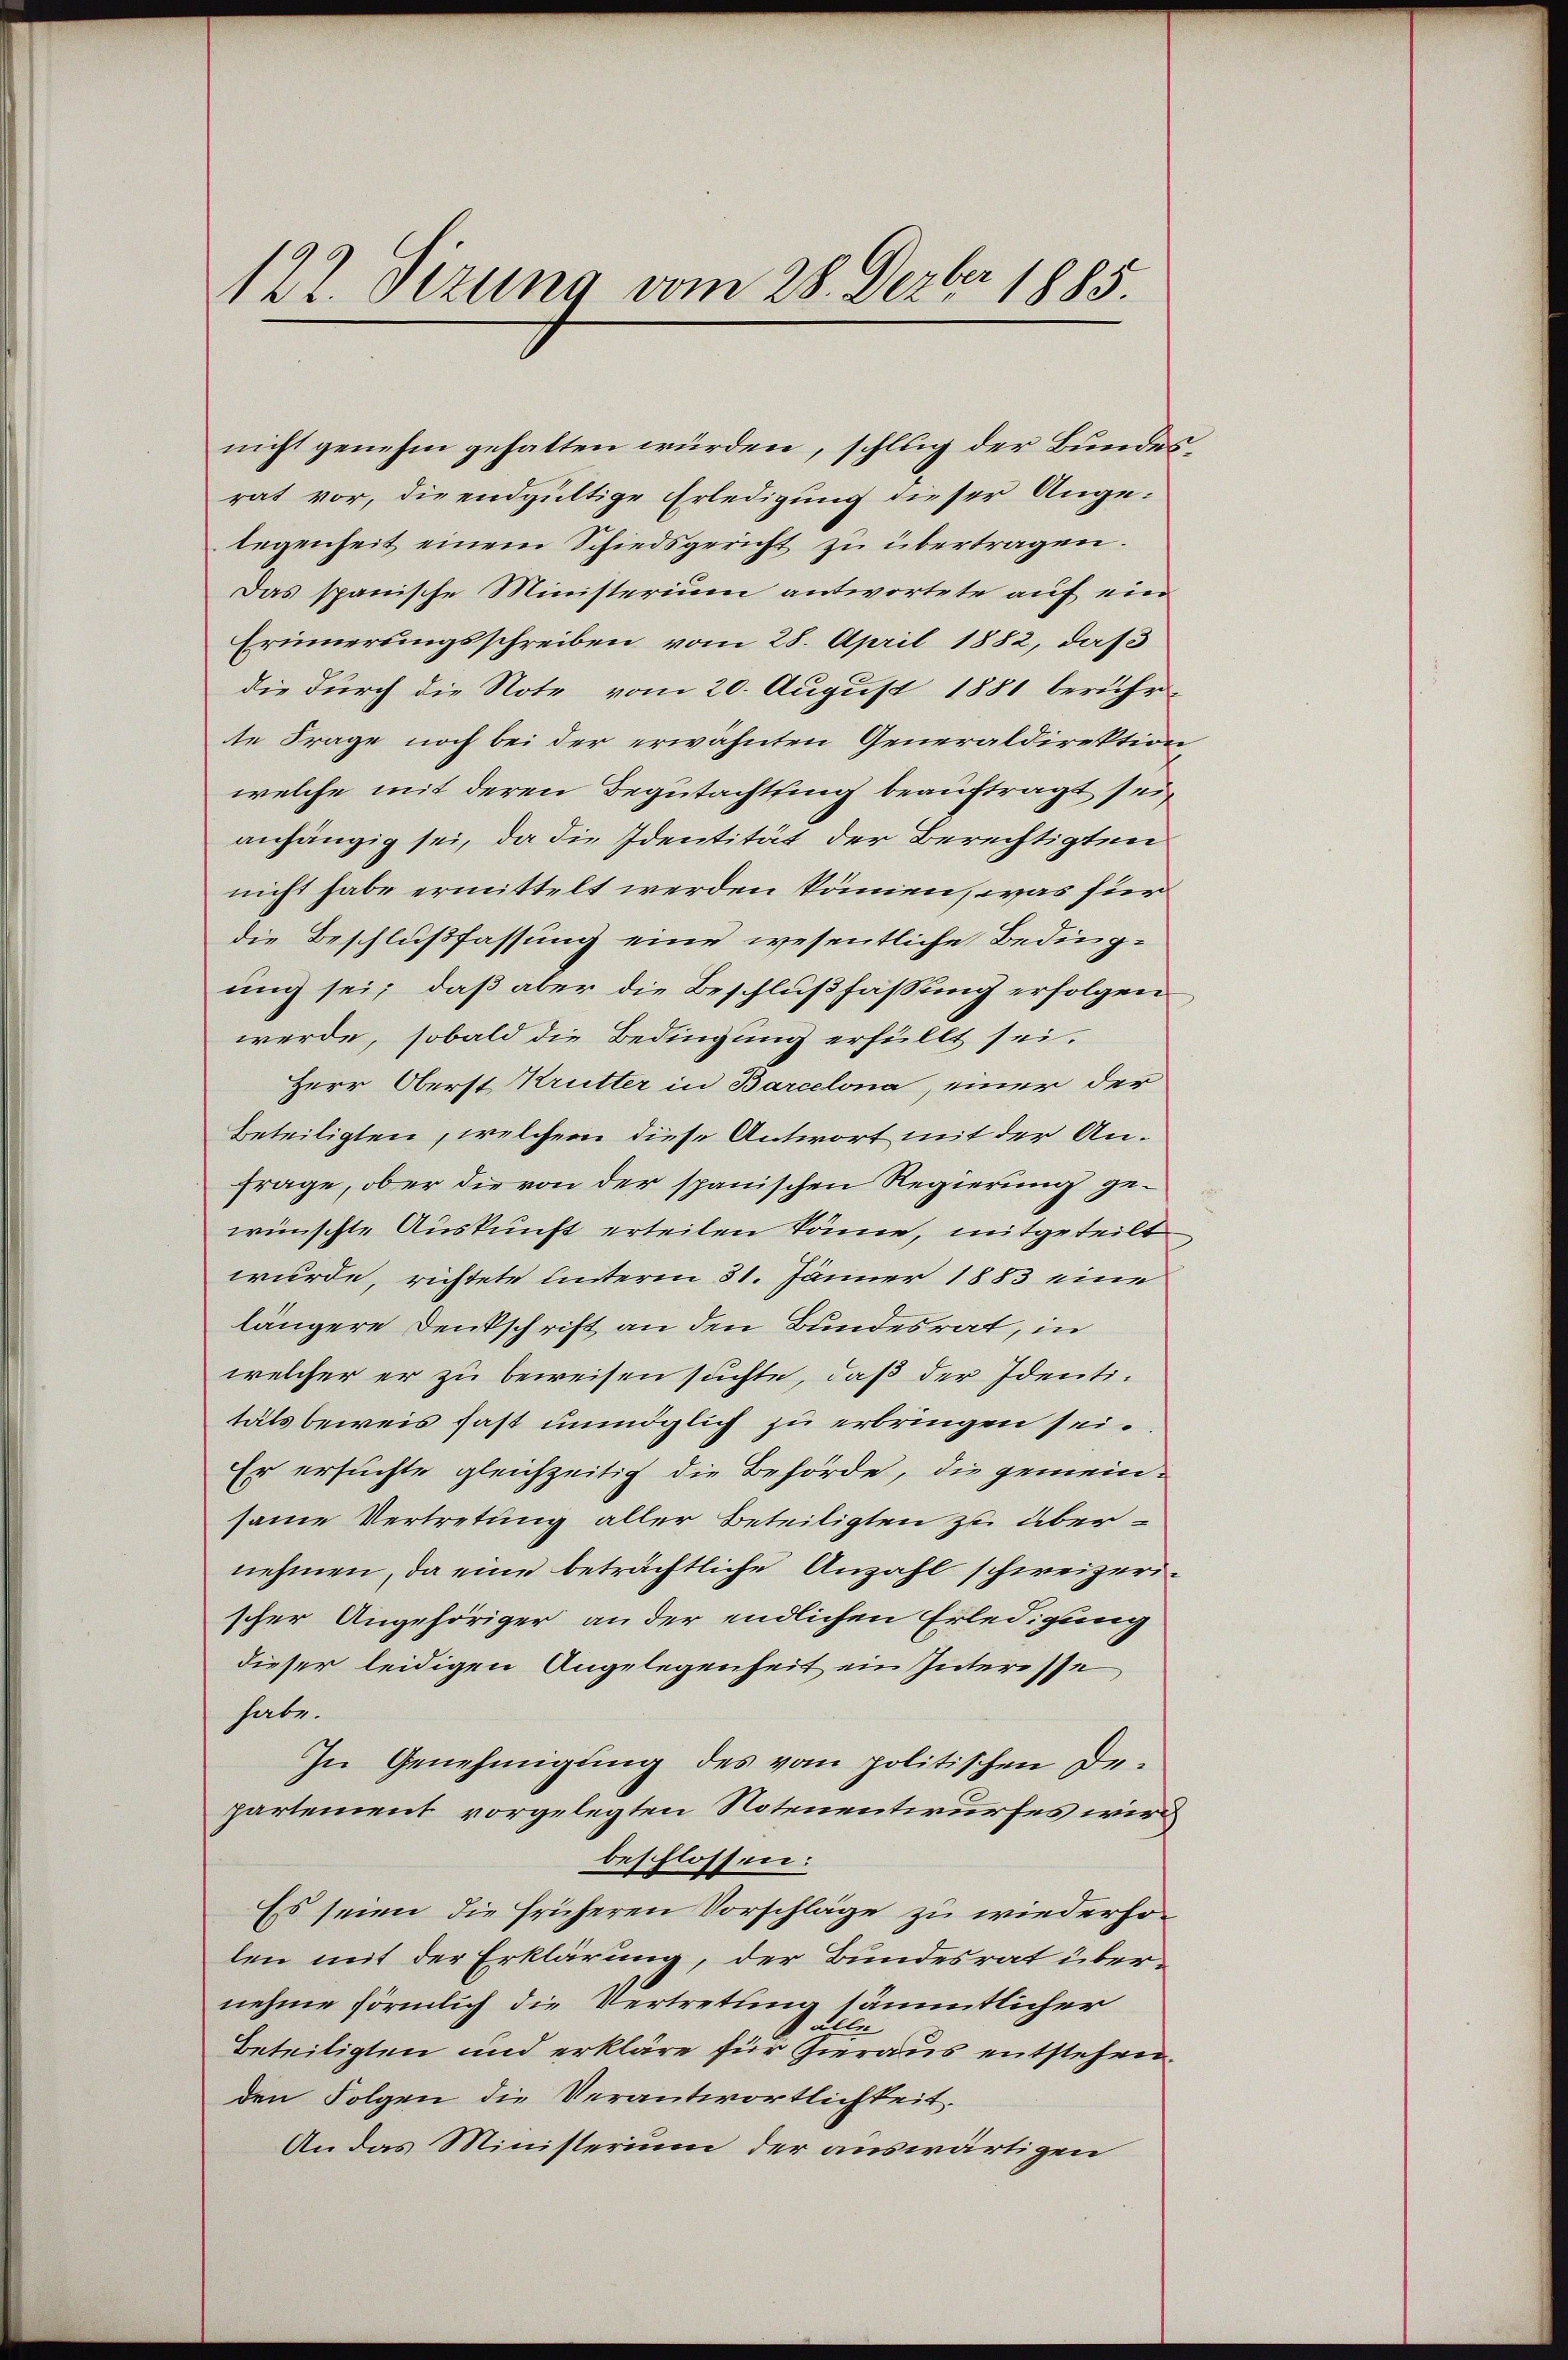
122. Sizung vom 28. Dezbr 1885.

nicht genehm gehalten würden, schlug der Bunden
rat vor, die endgültige Erledigung dieser Angelegenheit einem Schiedsgericht zu übertragen.
Das spanische Ministerium antwortete auf ein
Erinnerungsschreiben vom 28. April 1882, daß
die durch die Note vom 20. August 1881 beruhr-
te Frage noch bei der erwähnten Generaldirektion
welche mit deren Begutachtung beauftragt sein
anhängig sei, da die Identität der Berechtigten
nicht habe ermittelt werden können, was für
die Beschlußfassung eine wesentliche Beding-
ung sei; daß aber die Beschlußfassung erfolgen
werde, sobald die Bedingung erfüllt sei.
Herr Oberst Krutter in Barcelona, einer der
Beteiligten, welcher diese Antwort mit der An¬
Frage, ober die von der spanischen Regierung gewünschte Auskunft erteilen könne, mitgeteilt
wurde, richtete unterm 31. Jänner 1883 eine
längere Denkschrift an den Bundesrat, in
welcher er zu beweisen suchte, daß der Identitätsbeweis fast unmöglich zu erbringen sei.
Er ersuchte gleichzeitig die Behörde, die gemeinsame Vertretung aller Beteiligten zu übernehmen, da eine beträchtliche Anzahl schweizerischer Angehöriger an der endlichen Erledigung
dieser leidigen Angelegenheit ein Interesse
habe.
In Genehmigung des vom politischen De-
partement vorgelegten Notenentwurfes wird
beschlossen:
Es seien die früheren Vorschläge zu wiederholen mit der Erklärung, der Bundesrat übernehme förmlich die Vertretung sämmtlicher
 Lele
Beteiligten und erkläre für Gieraus entstehen.
den Folgen die Verantwortlichkeit.
An das Ministerium der auswärtigen

e